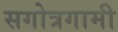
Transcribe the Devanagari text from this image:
सगोत्रगामी